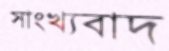
সাংখ্যবাদ